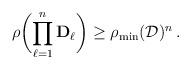
LaTeX: \begin{align*} \rho\biggl(\prod_{\ell=1}^n \mathbf{D}_\ell\biggr) \geq \rho_{\min}(\mathcal{D})^n\,.\end{align*}